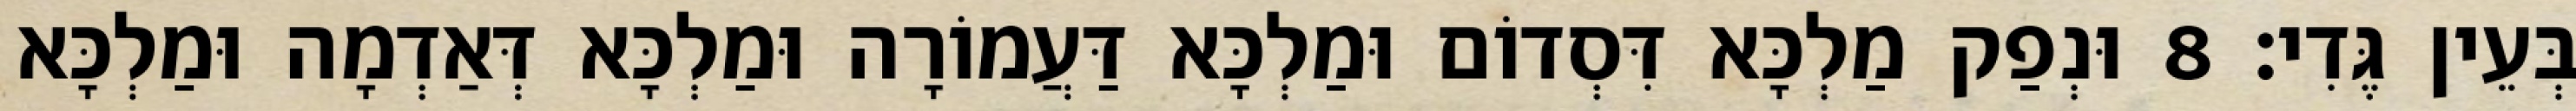
בְּעֵין גֶּדִי׃ 8 וּנְפַק מַלְכָּא דִּסְדוֹם וּמַלְכָּא דַּעֲמוֹרָה וּמַלְכָּא דְּאַדְמָה וּמַלְכָּא